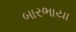
બારભાયા